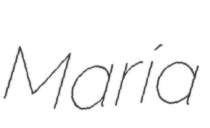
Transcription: María